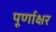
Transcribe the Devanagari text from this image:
पूर्णाक्षर